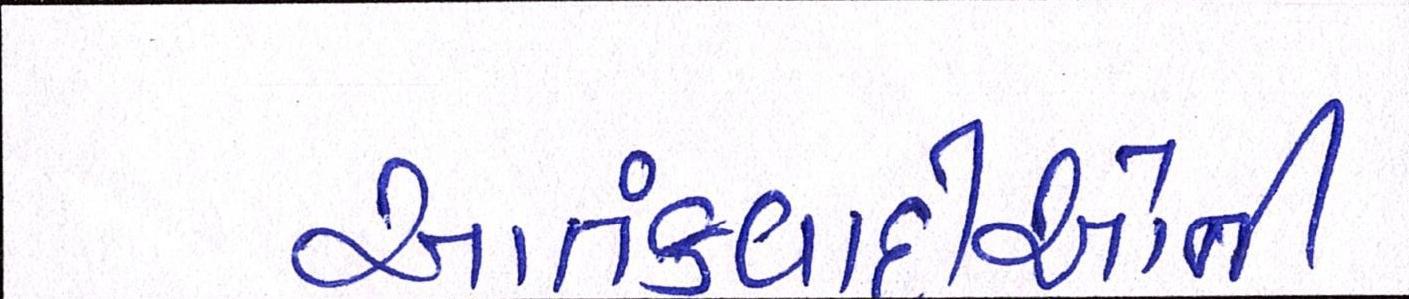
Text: આતંકવાદીઓની